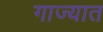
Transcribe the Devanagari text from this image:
गाज्यात